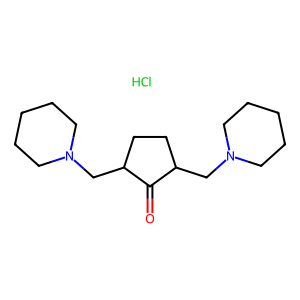
SMILES: Cl.O=C1C(CN2CCCCC2)CCC1CN1CCCCC1
Inhibits HIV replication: No